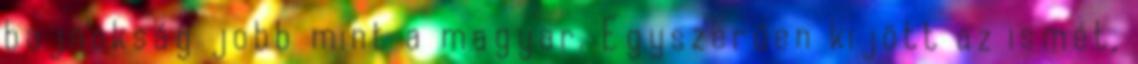
bajnokság jobb mint a magyar. Egyszerűen kijött az ismét,